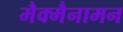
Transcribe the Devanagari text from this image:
मैक्मैनामन